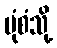
ပုံစံသို့